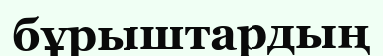
бұрыштардың